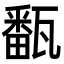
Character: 㽃